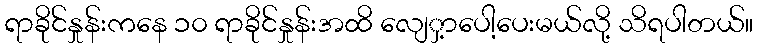
ရာခိုင်နှုန်းကနေ ၁၀ ရာခိုင်နှုန်းအထိ လျေှ့ာပေါ့ပေးမယ်လို့ သိရပါတယ်။